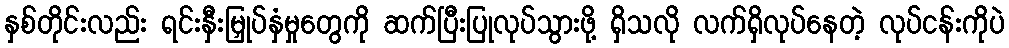
နှစ်တိုင်းလည်း ရင်းနှီးမြှုပ်နှံမှုတွေကို ဆက်ပြီးပြုလုပ်သွားဖို့ ရှိသလို လက်ရှိလုပ်နေတဲ့ လုပ်ငန်းကိုပဲ